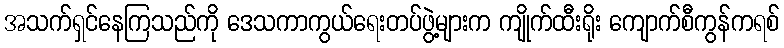
အသက်ရှင်နေကြသည်ကို ဒေသကာကွယ်ရေးတပ်ဖွဲ့များက ကျိုက်ထီးရိုး ကျောက်စီကွန်ကရစ်